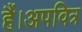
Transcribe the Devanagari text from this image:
हैं।अपवित्र